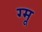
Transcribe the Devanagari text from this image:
ग्‍मू